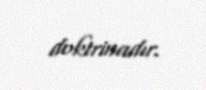
doktrinadır.